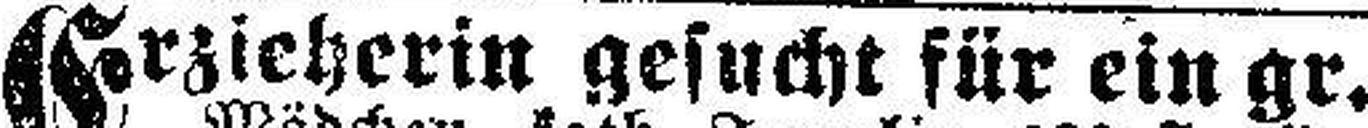
Erzieherin gesucht für ein gr.